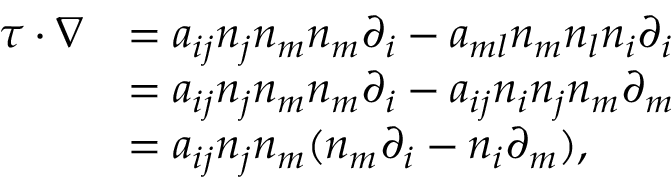
\begin{array} { r } { \begin{array} { r l } { \tau \cdot \nabla } & { = a _ { i j } n _ { j } n _ { m } n _ { m } \partial _ { i } - a _ { m l } n _ { m } n _ { l } n _ { i } \partial _ { i } } \\ & { = a _ { i j } n _ { j } n _ { m } n _ { m } \partial _ { i } - a _ { i j } n _ { i } n _ { j } n _ { m } \partial _ { m } } \\ & { = a _ { i j } n _ { j } n _ { m } ( n _ { m } \partial _ { i } - n _ { i } \partial _ { m } ) , } \end{array} } \end{array}